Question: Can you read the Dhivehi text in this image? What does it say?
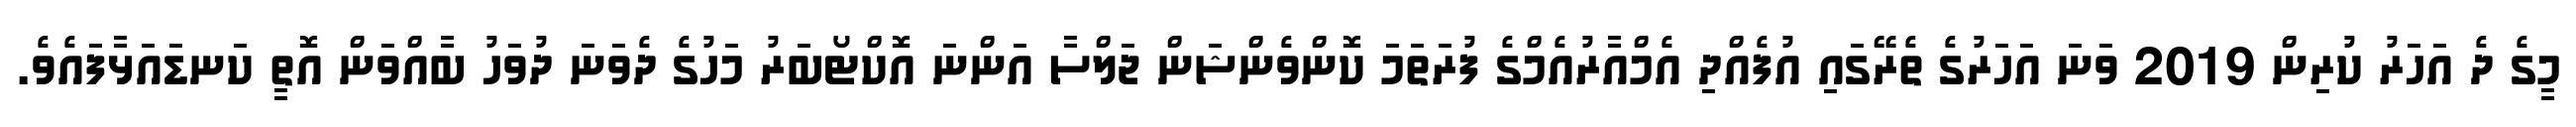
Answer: މީގެ ދެ އަހަރު ކުރިން 2019 ވަނަ އަހަރުގެ ތެރޭގައި އުފެއްދި އެމްއާރުއެމްގެ ފުރަތަމަ ކޮންވެންޝަން ޖަލްސާ އަންނަ އޮކްޓޯބަރު މަހުގެ ދެވަނަ ދުވަހު ބާއްވަން އޮތީ ކަނޑައަޅާފައެވެ.